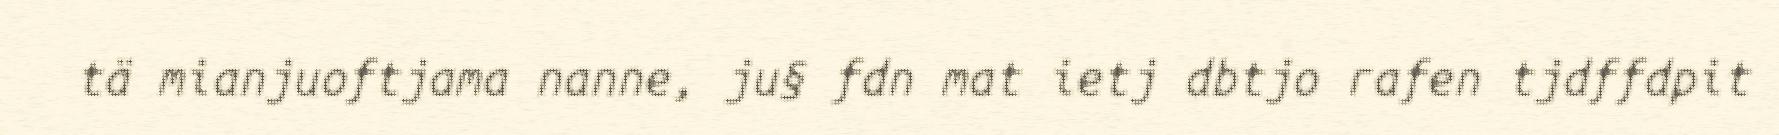
tä mianjuoftjama nanne, ju§ fdn mat ietj dbtjo rafen tjdffdpit